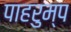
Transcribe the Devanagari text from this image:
पाहरुम्प